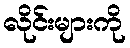
လိုင်းများကို